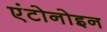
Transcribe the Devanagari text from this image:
एंटोनोइन